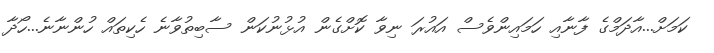
ކަމަށް...އާދަމްގެ ފާނާއި ހަމައިންވެސް އައުރަ ނިވާ ކޮށްގެން އުޅުނުކަން ސާބިތުވާނެ ހެކިތައް ހުންނާނެ...ހޯދާ